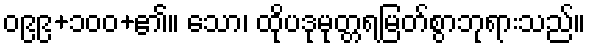
၀၉၉+၁၀၀+၏။ သော၊ ထိုပဒုမုတ္တရမြတ်စွာဘုရားသည်။